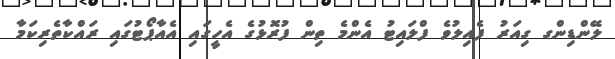
ލޭންޑިންގ ގިއަރު ފެއިލުވެ ފްލައިޓު އެންމެ ތިން ފުރޮޅުގެ އެހީގައި އެއާޕޯޓުގައި ރައްކާތެރިކަމާ